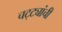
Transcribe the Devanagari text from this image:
चट्ट्यांची